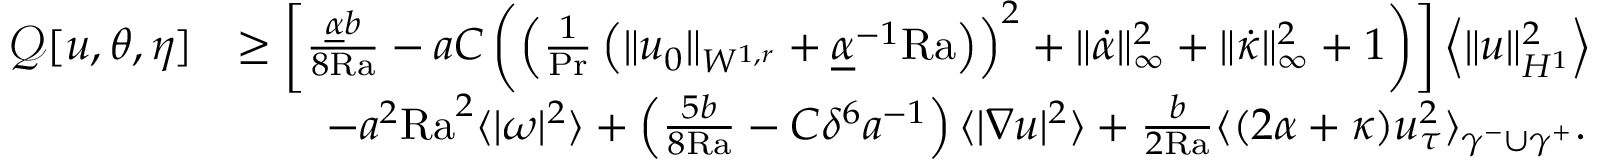
\begin{array} { r l } { \mathcal { Q } [ u , \theta , \eta ] } & { \geq \left[ \frac { \underline { { \alpha } } b } { 8 \mathrm { { R a } } } - a C \left( \left( \frac { 1 } { \mathrm { P r } } \left( \| u _ { 0 } \| _ { W ^ { 1 , r } } + \underline { { \alpha } } ^ { - 1 } \mathrm { { R a } } \right) \right) ^ { 2 } + \| \dot { \alpha } \| _ { \infty } ^ { 2 } + \| \dot { \kappa } \| _ { \infty } ^ { 2 } + 1 \right) \right] \left\langle \| u \| _ { H ^ { 1 } } ^ { 2 } \right\rangle } \\ & { \qquad - a ^ { 2 } { \mathrm { R a } } ^ { 2 } \langle | \omega | ^ { 2 } \rangle + \left( \frac { 5 b } { 8 \mathrm { { R a } } } - C \delta ^ { 6 } a ^ { - 1 } \right) \langle | \nabla u | ^ { 2 } \rangle + \frac { b } { 2 { \mathrm { R a } } } \langle ( 2 \alpha + \kappa ) u _ { \tau } ^ { 2 } \rangle _ { \gamma ^ { - } \cup \gamma ^ { + } } . } \end{array}